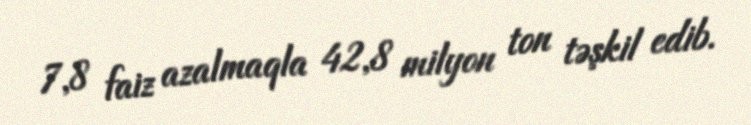
7,8 faiz azalmaqla 42,8 milyon ton təşkil edib.